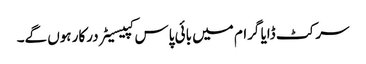
سرکٹ ڈایا گرام میں بائی پاس کپیسیٹر درکار ہوں گے۔